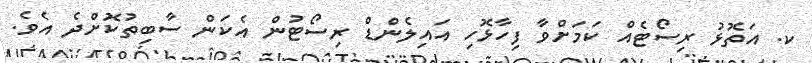
ކ. އަތޮޅު ރިސޯޓެއް ކަމަށްވާ ފިހާޅޮހި އައިލެންޑް ރިސޯޓުން އެކަން ސާބިތުކޮށްދެ އެވެ.